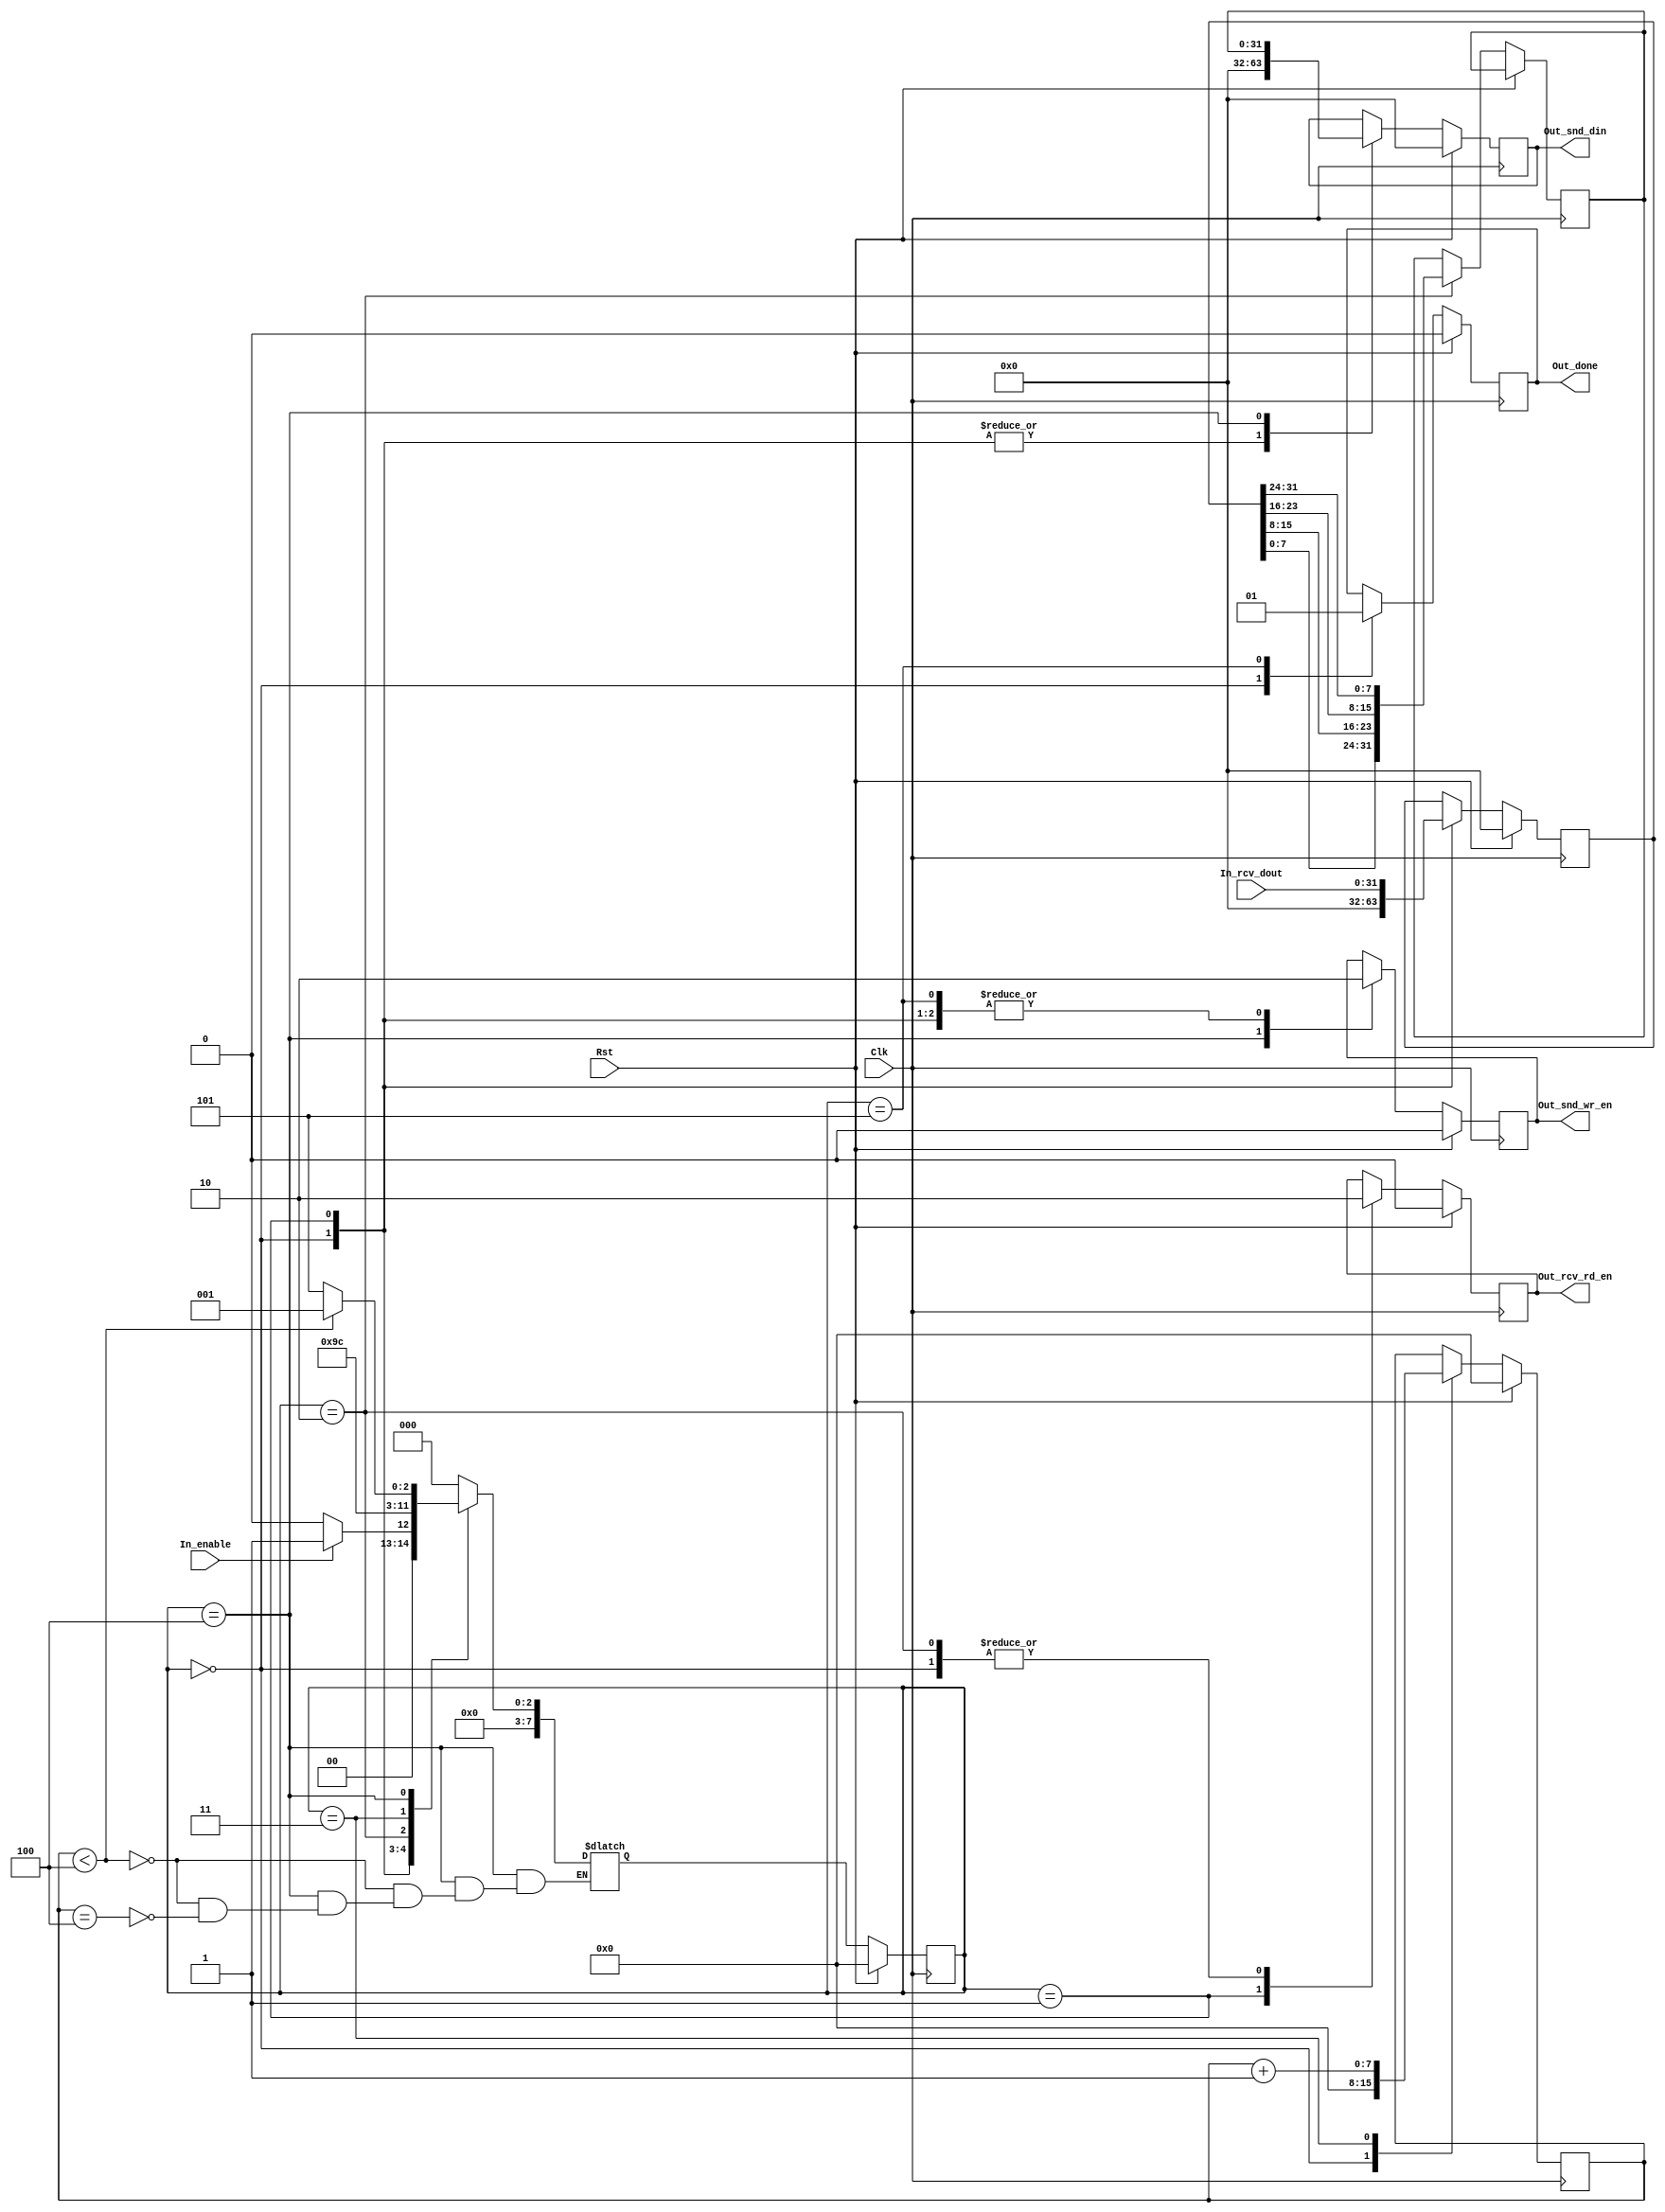
`timescale  1ns / 1ps

module Computation(
    Clk                     ,
    Rst                     ,
	In_enable				,
	Out_done				,
	// FIFO
	In_rcv_dout				,
	Out_rcv_rd_en			,
	Out_snd_din				,
	Out_snd_wr_en			
);

//---------------------------------------------------------------------------------------
//              Parameter
//--------------------------------------------------------------------------------------- 
parameter       TCQ                             = 1                     ;
//FSM-------------------------------------------------------------------
parameter       STA_IDLE                        = 4'h0                  ;
parameter       STA_READING                   	= 4'h1                  ;
parameter       STA_ROUND                   	= 4'h2                  ;
parameter       STA_ROUND_DONE                  = 4'h3                  ;
parameter       STA_WRITING                     = 4'h4                  ;
parameter       STA_COMPUTING_DONE              = 4'h5                  ;

//---------------------------------------------------------------------------------------
//              Port Define
//---------------------------------------------------------------------------------------
input   wire                                    Clk                     ;
input   wire                                    Rst                     ;
input   wire                                    In_enable               ;
output  wire                                    Out_done                ;
// FIFO		
input   wire   [31:0]                           In_rcv_dout				;
output  wire									Out_rcv_rd_en			;	
output  wire   [31:0]                           Out_snd_din				;
output  wire									Out_snd_wr_en			;

//---------------------------------------------------------------------------------------
//              Signals
//---------------------------------------------------------------------------------------
reg												out_done				;
reg                                         	out_rcv_rd_en			;
reg    [31:0]                                  	out_snd_din				;
reg											    out_snd_wr_en			;

reg    [31:0]                                  	rcv_dout				;
reg    [31:0]                                  	tmp						;
reg    [7:0]									cnt_round				;

//---------------------------------------------------------------------------------------
//              Instance
//---------------------------------------------------------------------------------------
//CompIla InstCompIla(
//	.clk				(Clk					), // input wire         clk
//	.probe0				(In_enable				), // input wire [0:0]   probe0  
//	.probe1				(Out_done				), // input wire [0:0]   probe1 
//	.probe2				(In_rcv_dout			), // input wire [31:0]  probe2 
//	.probe3				(Out_rcv_rd_en			), // input wire [0:0]   probe3 
//	.probe4				(Out_snd_din			), // input wire [31:0]  probe4 
//	.probe5				(Out_snd_wr_en			), // input wire [0:0]   probe5
//	.probe6				(curr_state				), // input wire [7:0]   probe6
//	.probe7				(cnt_round				)  // input wire [7:0]   probe7
//);

//---------------------------------------------------------------------------------------
//              Function Codes
//---------------------------------------------------------------------------------------
assign Out_done = out_done;
assign Out_rcv_rd_en = out_rcv_rd_en;
assign Out_snd_din = out_snd_din;
assign Out_snd_wr_en = out_snd_wr_en;

//---------------------------------------------------------------------------------------
//              FSM
//---------------------------------------------------------------------------------------
reg     [7:0]                           curr_state            			;
reg     [7:0]                           next_state            			;

//State Tranfer
always @(posedge Clk) begin
    if(Rst == 1'b1)
        curr_state <= #TCQ STA_IDLE;
    else
        curr_state <= #TCQ next_state;
end

//Calculate the next state
always @( * ) begin
    case(curr_state)
        STA_IDLE            : begin
            if(In_enable)
                next_state = STA_READING;
            else
                next_state = STA_IDLE;
        end
        
        STA_READING         : begin
            next_state = STA_ROUND;
        end
        
        STA_ROUND 			: begin
            next_state = STA_ROUND_DONE;
        end
		
        STA_ROUND_DONE   	: begin
			next_state = STA_WRITING;
        end
				
        STA_WRITING       	: begin
			if(cnt_round < 8'd4)
				next_state = STA_READING;
			else if(cnt_round == 8'd4) 
				next_state = STA_COMPUTING_DONE;
        end		
 
		STA_COMPUTING_DONE	: begin
			next_state = STA_IDLE;
		end
 
        default             : begin
            next_state = STA_IDLE;
        end
    endcase
end

//state output
always @(posedge Clk) begin
    if(Rst == 1'b1) begin
        out_rcv_rd_en       	<= #TCQ 1'b0;
		out_snd_wr_en 			<= #TCQ 1'b0;
        out_snd_din     		<= #TCQ 32'd0; 
		rcv_dout				<= #TCQ 32'd0;
		out_done       			<= #TCQ 1'b0;	
		cnt_round				<= #TCQ 8'd0;
    end

    else case(curr_state)
        STA_IDLE            : begin
			out_rcv_rd_en       	<= #TCQ 1'b0;
			out_snd_wr_en 			<= #TCQ 1'b0;
			out_snd_din     		<= #TCQ 32'd0; 
			rcv_dout				<= #TCQ 32'd0;
			out_done       			<= #TCQ 1'b0;	
			cnt_round				<= #TCQ 8'd0;
        end
        
        STA_READING       	: begin
			out_snd_wr_en     		<= #TCQ 1'b0;
			out_snd_din     		<= #TCQ 32'd0; 
			out_rcv_rd_en       	<= #TCQ 1'b1;
			rcv_dout				<= #TCQ In_rcv_dout;
        end

        STA_ROUND       	: begin
            out_rcv_rd_en       	<= #TCQ 1'b0;
			tmp       				<= #TCQ {rcv_dout[7:0], rcv_dout[15:8], rcv_dout[23:16], rcv_dout[31:24]};			
        end

		STA_ROUND_DONE  	: begin
			cnt_round				<= #TCQ cnt_round + 8'd1;
		end
     
        STA_WRITING        	: begin
			out_snd_wr_en     		<= #TCQ 1'b1;
			out_snd_din				<= #TCQ tmp;
			
        end
		
		STA_COMPUTING_DONE	: begin
		    out_snd_wr_en     		<= #TCQ 1'b0;
			out_done     			<= #TCQ 1'b1;
		end
    endcase
end

endmodule